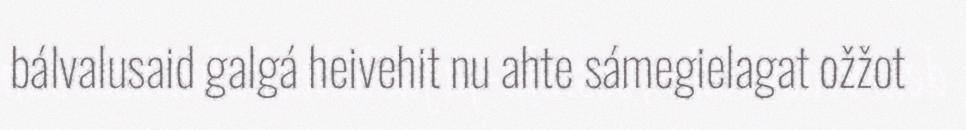
bálvalusaid galgá heivehit nu ahte sámegielagat ožžot